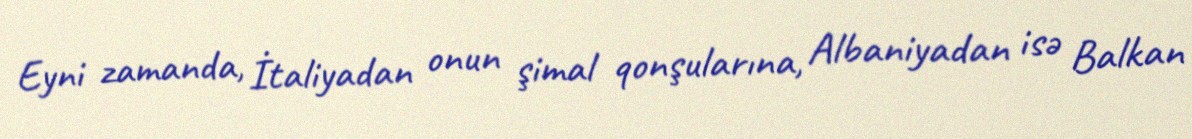
Eyni zamanda, İtaliyadan onun şimal qonşularına, Albaniyadan isə Balkan